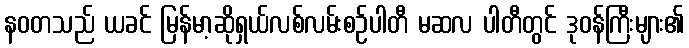
နဝတသည် ယခင် မြန်မာ့ဆိုရှယ်လစ်လမ်းစဉ်ပါတီ မဆလ ပါတီတွင် ဒုဝန်ကြီးများ၏